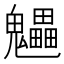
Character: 𩴼